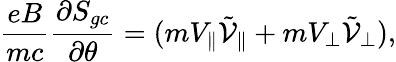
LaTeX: \frac{eB}{mc}\frac{\partial S_{gc}}{\partial\theta}=(mV_{\parallel}\tilde{\mathcal{V}}_{\parallel}+mV_{\perp}\tilde{\mathcal{V}}_{\perp}),